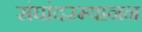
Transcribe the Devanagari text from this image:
संघांदरम्यानन